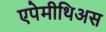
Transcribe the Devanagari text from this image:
एपेमीथिअस